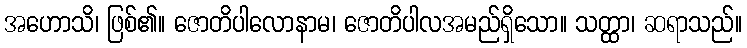
အဟောသိ၊ ဖြစ်၏။ ဇောတိပါလောနာမ၊ ဇောတိပါလအမည်ရှိသော။ သတ္ထာ၊ ဆရာသည်။